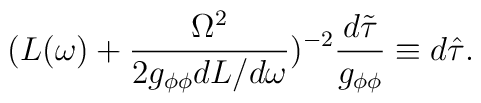
(L(\omega)+\frac{\Omega^2}{2g_{\phi\phi}dL/d\omega})^{-2}\frac{d\tilde{\tau}}{g_{\phi\phi}}\equiv d\hat{\tau}.